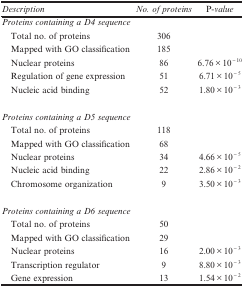
| Description | No. of proteins | P-value |
 | --- | --- | --- |
 | <COLSPAN=3> Proteins containing a D4 sequence |
 | Total no. of proteins | 306 |  |
 | Mapped with GO classification | 185 |  |
 | Nuclear proteins | 86 | 6.76×10−10 |
 | Regulation of gene expression | 51 | 6.71×10−5 |
 | Nucleic acid binding | 52 | 1.80×10−3 |
 |  |  |  |
 | <COLSPAN=3> Proteins containing a D5 sequence |
 | Total no. of proteins | 118 |  |
 | Mapped with GO classification | 68 |  |
 | Nuclear proteins | 34 | 4.66×10−5 |
 | Nucleic acid binding | 22 | 2.86×10−2 |
 | Chromosome organization | 9 | 3.50×10−3 |
 |  |  |  |
 | <COLSPAN=3> Proteins containing a D6 sequence |
 | Total no. of proteins | 50 |  |
 | Mapped with GO classification | 29 |  |
 | Nuclear proteins | 16 | 2.00×10−3 |
 | Transcription regulator | 9 | 8.80×10−3 |
 | Gene expression | 13 | 1.54×10−2 |